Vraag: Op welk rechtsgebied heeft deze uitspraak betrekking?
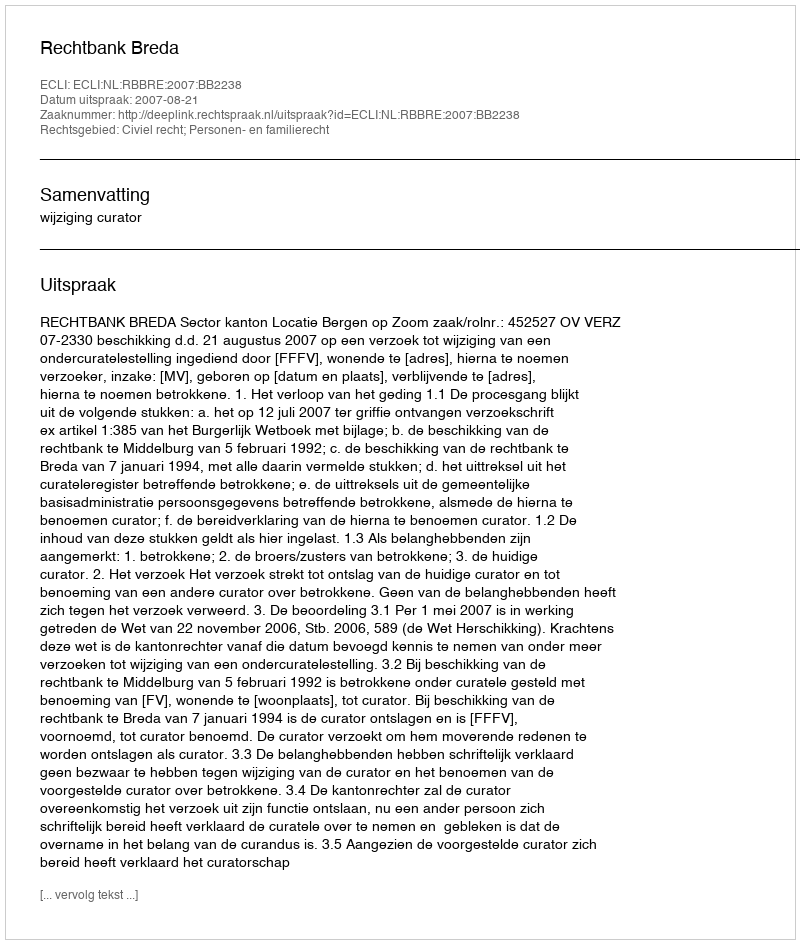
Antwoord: Civiel recht; Personen- en familierecht